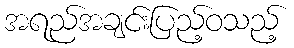
အရည်အချင်းပြည့်ဝသည့်